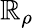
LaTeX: \mathbb{R}_{\rho}